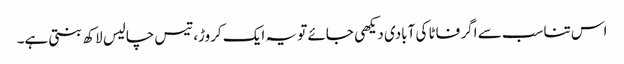
اس تناسب سے اگر فاٹا کی آبادی دیکھی جائے تو یہ ایک کروڑ، تیس چالیس لاکھ بنتی ہے۔